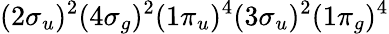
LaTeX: (2\sigma_{u})^{2}(4\sigma_{g})^{2}(1\pi_{u})^{4}(3\sigma_{u})^{2}(1\pi_{g})^{4}